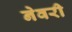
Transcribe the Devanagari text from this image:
नेवरी